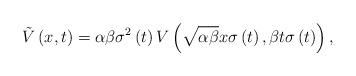
LaTeX: \begin{align*}\tilde{V}\left( x,t\right) =\alpha \beta \sigma ^{2}\left( t\right) V\left( \sqrt{\alpha \beta }x\sigma \left( t\right) ,\beta t\sigma \left( t\right)\right) , \end{align*}